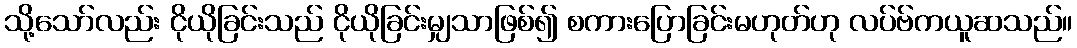
သို့သော်လည်း ငိုယိုခြင်းသည် ငိုယိုခြင်းမျှသာဖြစ်၍ စကားပြောခြင်းမဟုတ်ဟု လပ်ဗ်ကယူဆသည်။